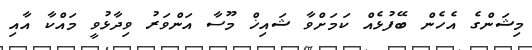
މިޝަންގެ އެހެން ބޭފުޅެއް ކަމަށްވާ ޝައިޚް މޫސާ އަންވަރު ވިދާޅުވީ މައްކާ އާއި